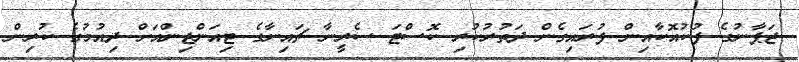
ޖަޕާނުގެ ފުކުއޮކާއިން ފުރައިގެން ދަތުރުކުރި ކޮސްޓަ ސެރީނާ ޗައިނާގެ ޓިއަންޖިންއަށް ދިއުމުގެ ކުރިން